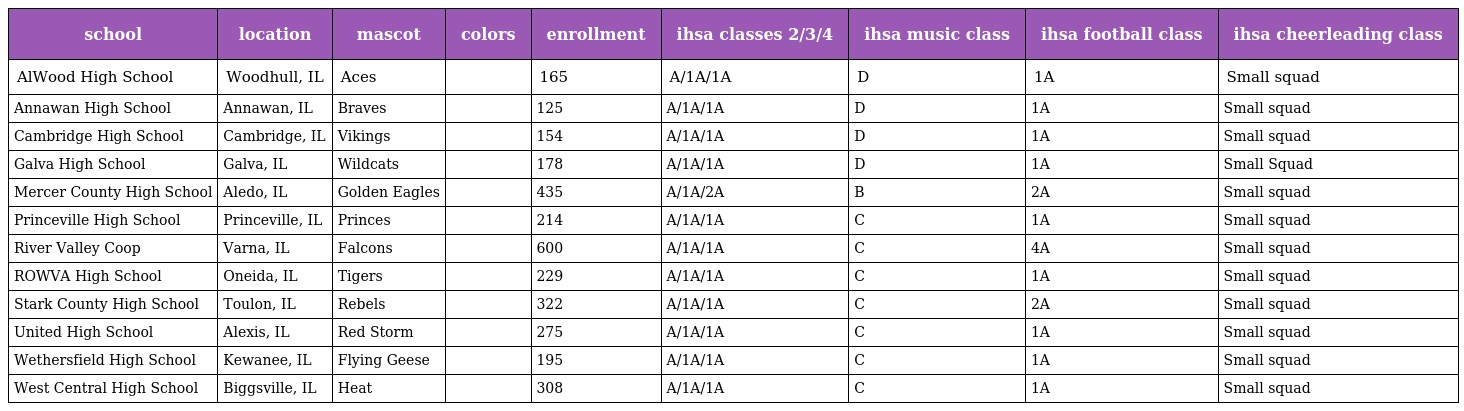
| school | location | mascot | colors | enrollment | ihsa classes 2/3/4 | ihsa music class | ihsa football class | ihsa cheerleading class |
 | --- | --- | --- | --- | --- | --- | --- | --- | --- |
 | AlWood High School | Woodhull, IL | Aces |  | 165 | A/1A/1A | D | 1A | Small squad |
 | Annawan High School | Annawan, IL | Braves |  | 125 | A/1A/1A | D | 1A | Small squad |
 | Cambridge High School | Cambridge, IL | Vikings |  | 154 | A/1A/1A | D | 1A | Small squad |
 | Galva High School | Galva, IL | Wildcats |  | 178 | A/1A/1A | D | 1A | Small Squad |
 | Mercer County High School | Aledo, IL | Golden Eagles |  | 435 | A/1A/2A | B | 2A | Small squad |
 | Princeville High School | Princeville, IL | Princes |  | 214 | A/1A/1A | C | 1A | Small squad |
 | River Valley Coop | Varna, IL | Falcons |  | 600 | A/1A/1A | C | 4A | Small squad |
 | ROWVA High School | Oneida, IL | Tigers |  | 229 | A/1A/1A | C | 1A | Small squad |
 | Stark County High School | Toulon, IL | Rebels |  | 322 | A/1A/1A | C | 2A | Small squad |
 | United High School | Alexis, IL | Red Storm |  | 275 | A/1A/1A | C | 1A | Small squad |
 | Wethersfield High School | Kewanee, IL | Flying Geese |  | 195 | A/1A/1A | C | 1A | Small squad |
 | West Central High School | Biggsville, IL | Heat |  | 308 | A/1A/1A | C | 1A | Small squad |